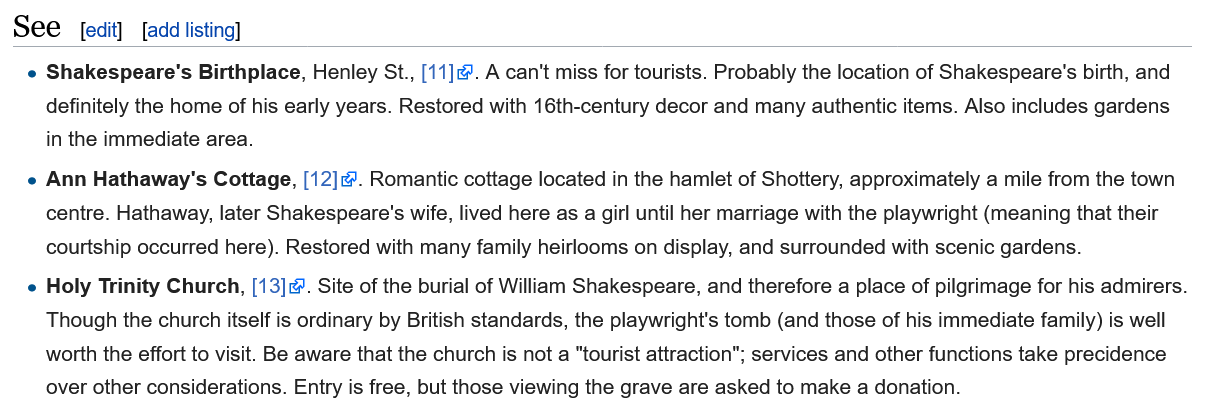
[edit] {aad listing}
   e Shakespeare's  Birthplace, Henley St., [11]. A can't miss for tourists. Probably the location of Shakespeare's birth, and
     definitely the home of his early years. Restored with 16th-century decor and many authentic items. Also includes gardens
     in the immediate area.
   e Ann Hathaway's  Cottage, [12]. Romantic cottage located in the hamlet of Shottery, approximately a mile from the town
     centre. Hathaway, later Shakespeare's wife, lived here as a girl until her marriage with the playwright (meaning that their
     courtship occurred here). Restored with many family heirlooms on display, and surrounded with scenic gardens.
   e Holy Trinity Church, [13]. Site of the burial of William Shakespeare, and therefore a place of pilgrimage for his admirers
     Though the church itself is ordinary by British standards, the playwright's tomb (and those of his immediate family) is well
     worth the effort to visit. Be aware that the church is not a "tourist attraction"; services and other functions take precidence
     over other considerations. Entry is free, but those viewing the grave are asked to make a donation.
  See